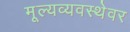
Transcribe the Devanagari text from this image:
मूल्यव्यवस्थेवर